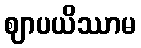
ဈာပယိဿာမ